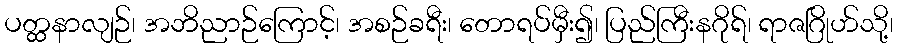
ပတ္ထနာလျဉ်၊ အဘိညာဉ်ကြောင့်၊ အစဉ်ခရီး၊ တောရပ်မှီး၍၊ ပြည်ကြီးနဂိုရ်၊ ရာဇဂြိုဟ်သို့၊